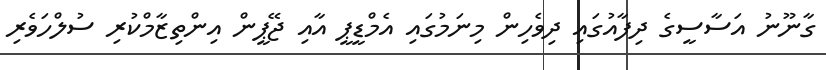
ގާނޫނު އަސާސީގެ ދިފާއުގައި ދިވެހިން މިނަމުގައި އެމްޑީޕީ އާއި ޖޭޕީން އިންތިޒާމްކުރި ސުލްހަވެރި